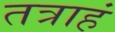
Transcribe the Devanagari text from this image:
तत्राहं